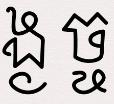
ង្ង ច្ច